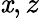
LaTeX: \mathit{x},z